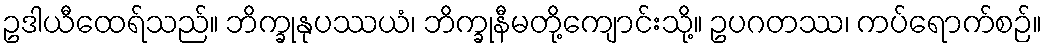
ဥဒါယီထေရ်သည်။ ဘိက္ခုနုပဿယံ၊ ဘိက္ခုနီမတို့ကျောင်းသို့။ ဥပဂတဿ၊ ကပ်ရောက်စဉ်။